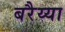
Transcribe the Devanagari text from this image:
बरैय्या